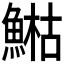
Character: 𩹬